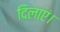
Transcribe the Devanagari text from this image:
दिलाएं।